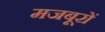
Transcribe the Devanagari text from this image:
मजबूरों